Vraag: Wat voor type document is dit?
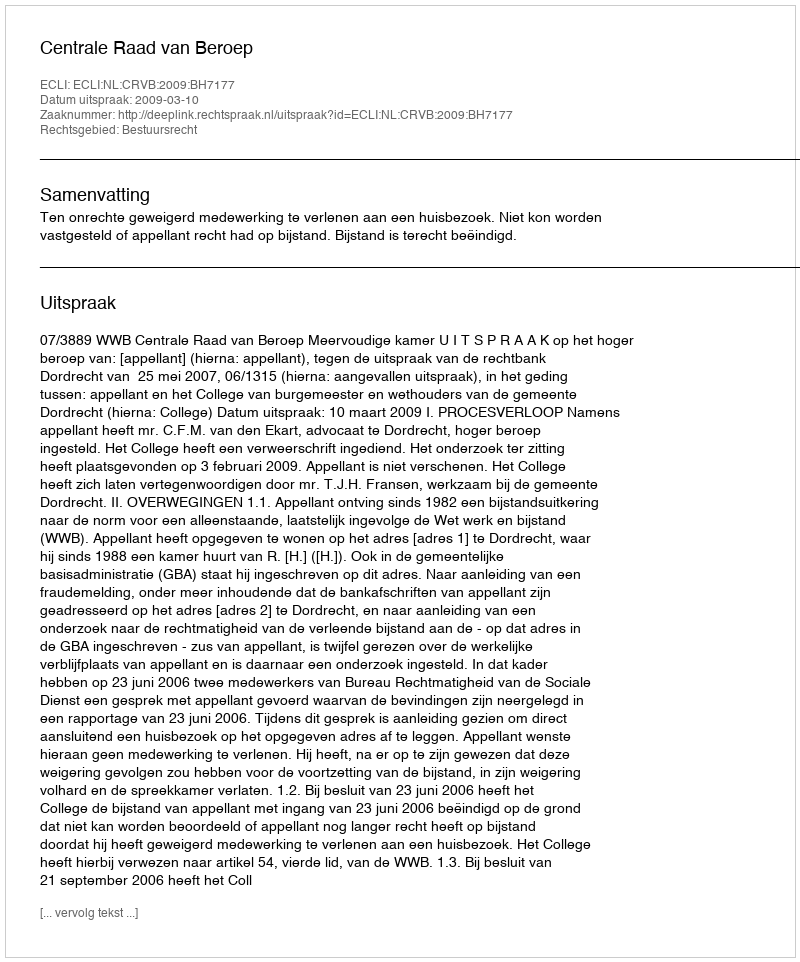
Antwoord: Uitspraak